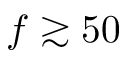
f \gtrsim 5 0